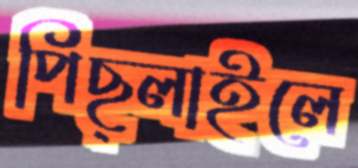
পিছ্‌লাইলে